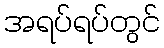
အရပ်ရပ်တွင်